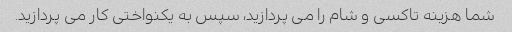
شما هزینه تاکسی و شام را می پردازید، سپس به یکنواختی کار می پردازید.